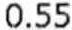
0.55